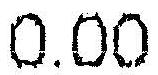
0.00